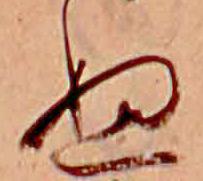
ぬ